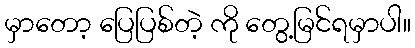
မှာတော့ ပြေပြစ်တဲ့ ကို တွေ့မြင်ရမှာပါ။